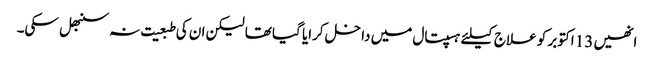
انھیں 13 اکتوبر کو علاج کیلئے ہسپتال میں داخل کرایا گیا تھا لیکن ان کی طبعیت نہ سنبھل سکی۔